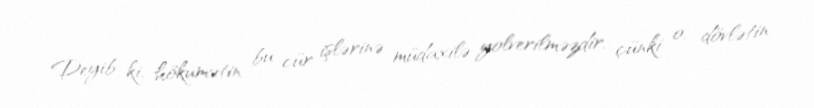
Deyib ki, hökumətin bu cür işlərinə müdaxilə yolverilməzdir, çünki o, dövlətin